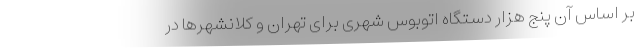
بر اساس آن پنج هزار دستگاه اتوبوس شهری برای تهران و کلانشهر‌ها در